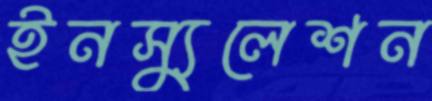
ইনস্যুলেশন